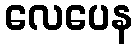
လေပေန